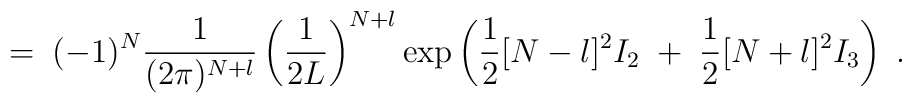
= \; (-1)^N \frac{1}{(2\pi)^{N+l}} \left( \frac{1}{2L} \right)^{N+l}\exp \left( \frac{1}{2} [N-l]^2 I_2  \; + \; \frac{1}{2} [N+l]^2 I_3\right) \; .